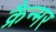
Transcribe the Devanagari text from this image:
क्रैन्मर